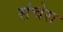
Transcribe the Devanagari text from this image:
संचेस